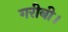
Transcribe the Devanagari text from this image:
गरीबी।